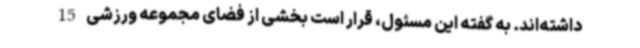
داشته‌اند. به گفته این مسئول، قرار است بخشی از فضای مجموعه ورزشی 15